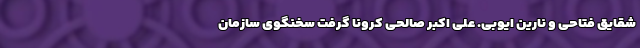
شقایق فتاحی و نارین ایوبی. علی اکبر صالحی کرونا گرفت سخنگوی سازمان